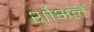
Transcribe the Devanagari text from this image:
शोभलें